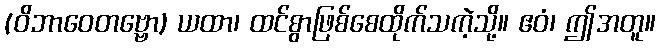
(ဝိဘာဝေတဗ္ဗော) ယထာ၊ ထင်စွာဖြစ်စေထိုက်သကဲ့သို့။ ဧဝံ၊ ဤအတူ။